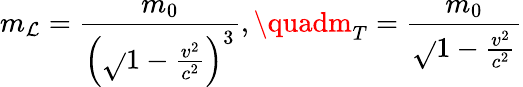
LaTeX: m_{\mathcal{L}}={\frac{{m_{0}}}{{\left({\sqrt{}{{1-{\frac{{v^{2}}}{{c^{2}}}}}}}\right)^{3}}}},\quadm_{T}={\frac{{m_{0}}}{{\sqrt{}{{1-{\frac{{v^{2}}}{{c^{2}}}}}}}}}